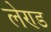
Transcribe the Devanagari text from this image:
लेण्ड